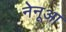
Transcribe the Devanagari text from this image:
नेनूआ